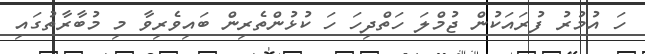
ހަ އުމުރު ފުރައަކުން ޖުމްލަ ހަތްދިހަ ހަ ކުޅުންތެރިން ބައިވެރިވާ މި މުބާރާތުގައި